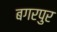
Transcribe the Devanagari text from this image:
बगरपुर